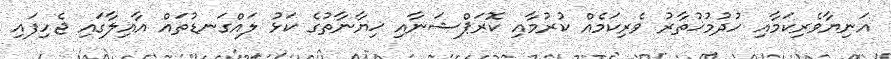
އަނިޔާވެރިކަމާއި ހުދުމުޚުތާރު ވެރިކަމެއް ކުރުމާއި ކޮރަޕްޝަނާއި ޚިޔާނާތުގެ ކަޅު ލައްގަނޑުތައް އާއިލާގައި ޖެހިފައި